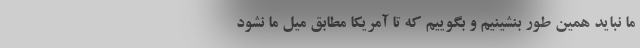
ما نباید همین طور بنشینیم و بگوییم که تا آمریکا مطابق میل ما نشود